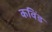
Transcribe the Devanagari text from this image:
कविंड